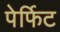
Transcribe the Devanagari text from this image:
पेर्फिट